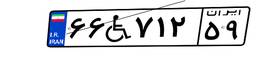
۶۶W۷۱۲۵۹